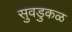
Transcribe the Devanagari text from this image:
सुवडुकळ